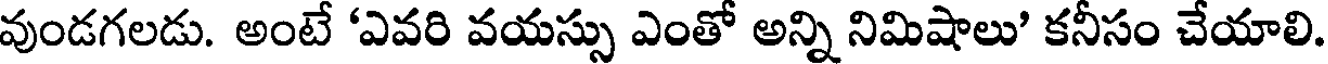
వుండగలడు. అంటే 'ఎవరి వయస్సు ఎంతో అన్ని నిమిషాలు' కనీసం చేయాలి.